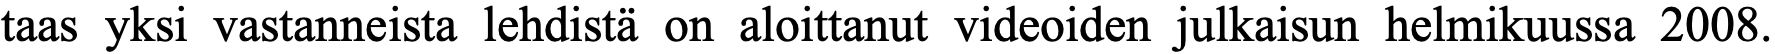
taas yksi vastanneista lehdistä on aloittanut videoiden julkaisun helmikuussa 2008.